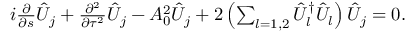
\begin{array} { r } { i \frac { \partial } { \partial s } \hat { { \cal U } } _ { j } + \frac { \partial ^ { 2 } } { \partial \tau ^ { 2 } } \hat { { \cal U } } _ { j } - A _ { 0 } ^ { 2 } \hat { { \cal U } } _ { j } + 2 \left( \sum _ { l = 1 , 2 } \hat { { \cal U } } _ { l } ^ { \dag } \hat { { \cal U } } _ { l } \right) \hat { { \cal U } } _ { j } = 0 . } \end{array}